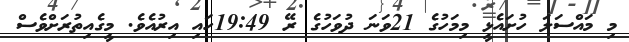
މި މައްސަލަ ހުށައެޅީ މިމަހުގެ 21ވަނަ ދުވަހުގެ ރޭ 19:49ހައި އިރުއެވެ. މީގެއިތުރަށްވެސް